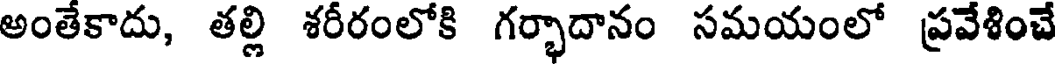
అంతేకాదు, తల్లి శరీరంలోకి గర్భాదానం సమయంలో ప్రవేశించే